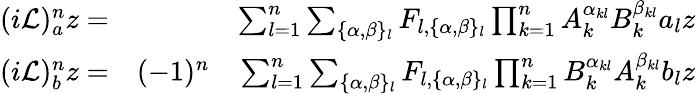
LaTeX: \begin{array}{rlr}{(i\mathcal{L})_{a}^{n}z=}&{}&{\sum_{l=1}^{n}\sum_{\{ \alpha,\beta\} _{l}}F_{l,\{ \alpha,\beta\} _{l}}\prod_{k=1}^{n}A_{k}^{\alpha_{kl}}B_{k}^{\beta_{kl}}a_{l}z}\\ {(i\mathcal{L})_{b}^{n}z=}&{(-1)^{n}}&{\sum_{l=1}^{n}\sum_{\{ \alpha,\beta\} _{l}}F_{l,\{ \alpha,\beta\} _{l}}\prod_{k=1}^{n}B_{k}^{\alpha_{kl}}A_{k}^{\beta_{kl}}b_{l}z}\end{array}